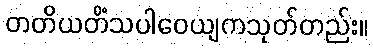
တတိယတိံသပါဝေယျကသုတ်တည်း။